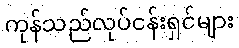
ကုန်သည်လုပ်ငန်းရှင်များ